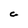
Character: C